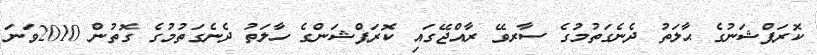
ކޮރަޕްޝަނުގެ ޙާލަތު ދެނެގަތުމުގެ ސާރވޭ ރާއްޖޭގައި ކޮރަޕްޝަންގެ ހާލަތު ދެނެގަތުމުގެ ގޮތުން 2010ވަނަ